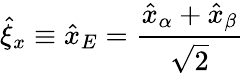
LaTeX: \hat{\xi}_{x}\equiv\hat{x}_{E}=\frac{\hat{x}_{\alpha}+\hat{x}_{\beta}}{\sqrt{2}}